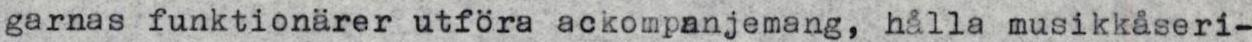
garnas funktionärer utföra ackompanjemang, hålla musikkåseri-